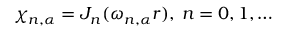
\chi _ { n , \alpha } = J _ { n } ( \omega _ { n , \alpha } r ) , \: n = 0 , 1 , \ldots